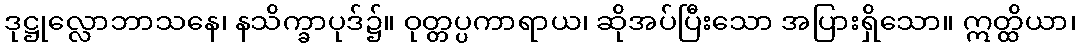
ဒုဋ္ဌုလ္လောဘာသနေ၊ နသိက္ခာပုဒ်၌။ ဝုတ္တပ္ပကာရာယ၊ ဆိုအပ်ပြီးသော အပြားရှိသော။ ဣတ္ထိယာ၊